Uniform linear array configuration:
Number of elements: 32
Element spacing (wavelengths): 0.25
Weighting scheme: binomial
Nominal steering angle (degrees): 15
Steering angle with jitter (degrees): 14.89
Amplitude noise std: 0.05
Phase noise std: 0.05

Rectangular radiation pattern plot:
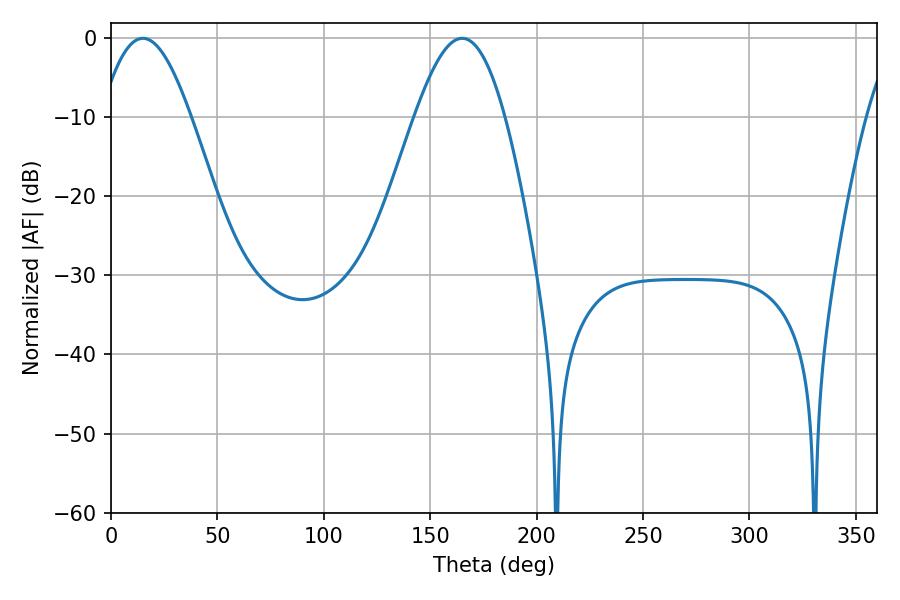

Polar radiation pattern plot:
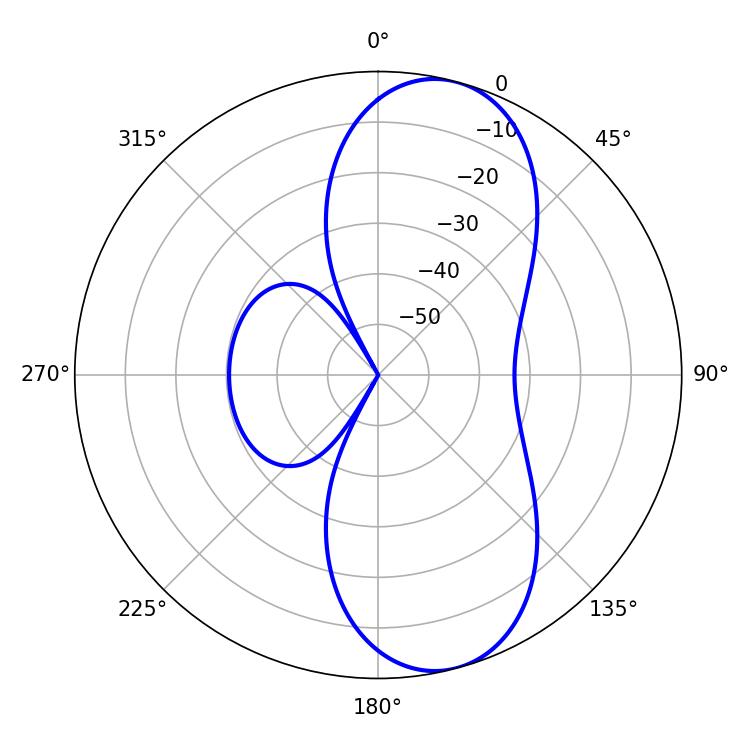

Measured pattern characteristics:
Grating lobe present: FALSE
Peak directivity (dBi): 9.313
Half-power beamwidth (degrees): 22.86
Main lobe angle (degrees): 14.94